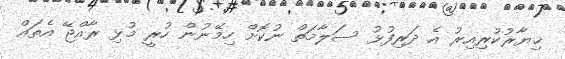
ޚިޔާރުކުރިއިރު އެ ދަރިފުޅު ސަލާމަތް ނުކޮށް ހިމޭނުން ހުރީ މުޅި ރާއްޖޭ އެތައް